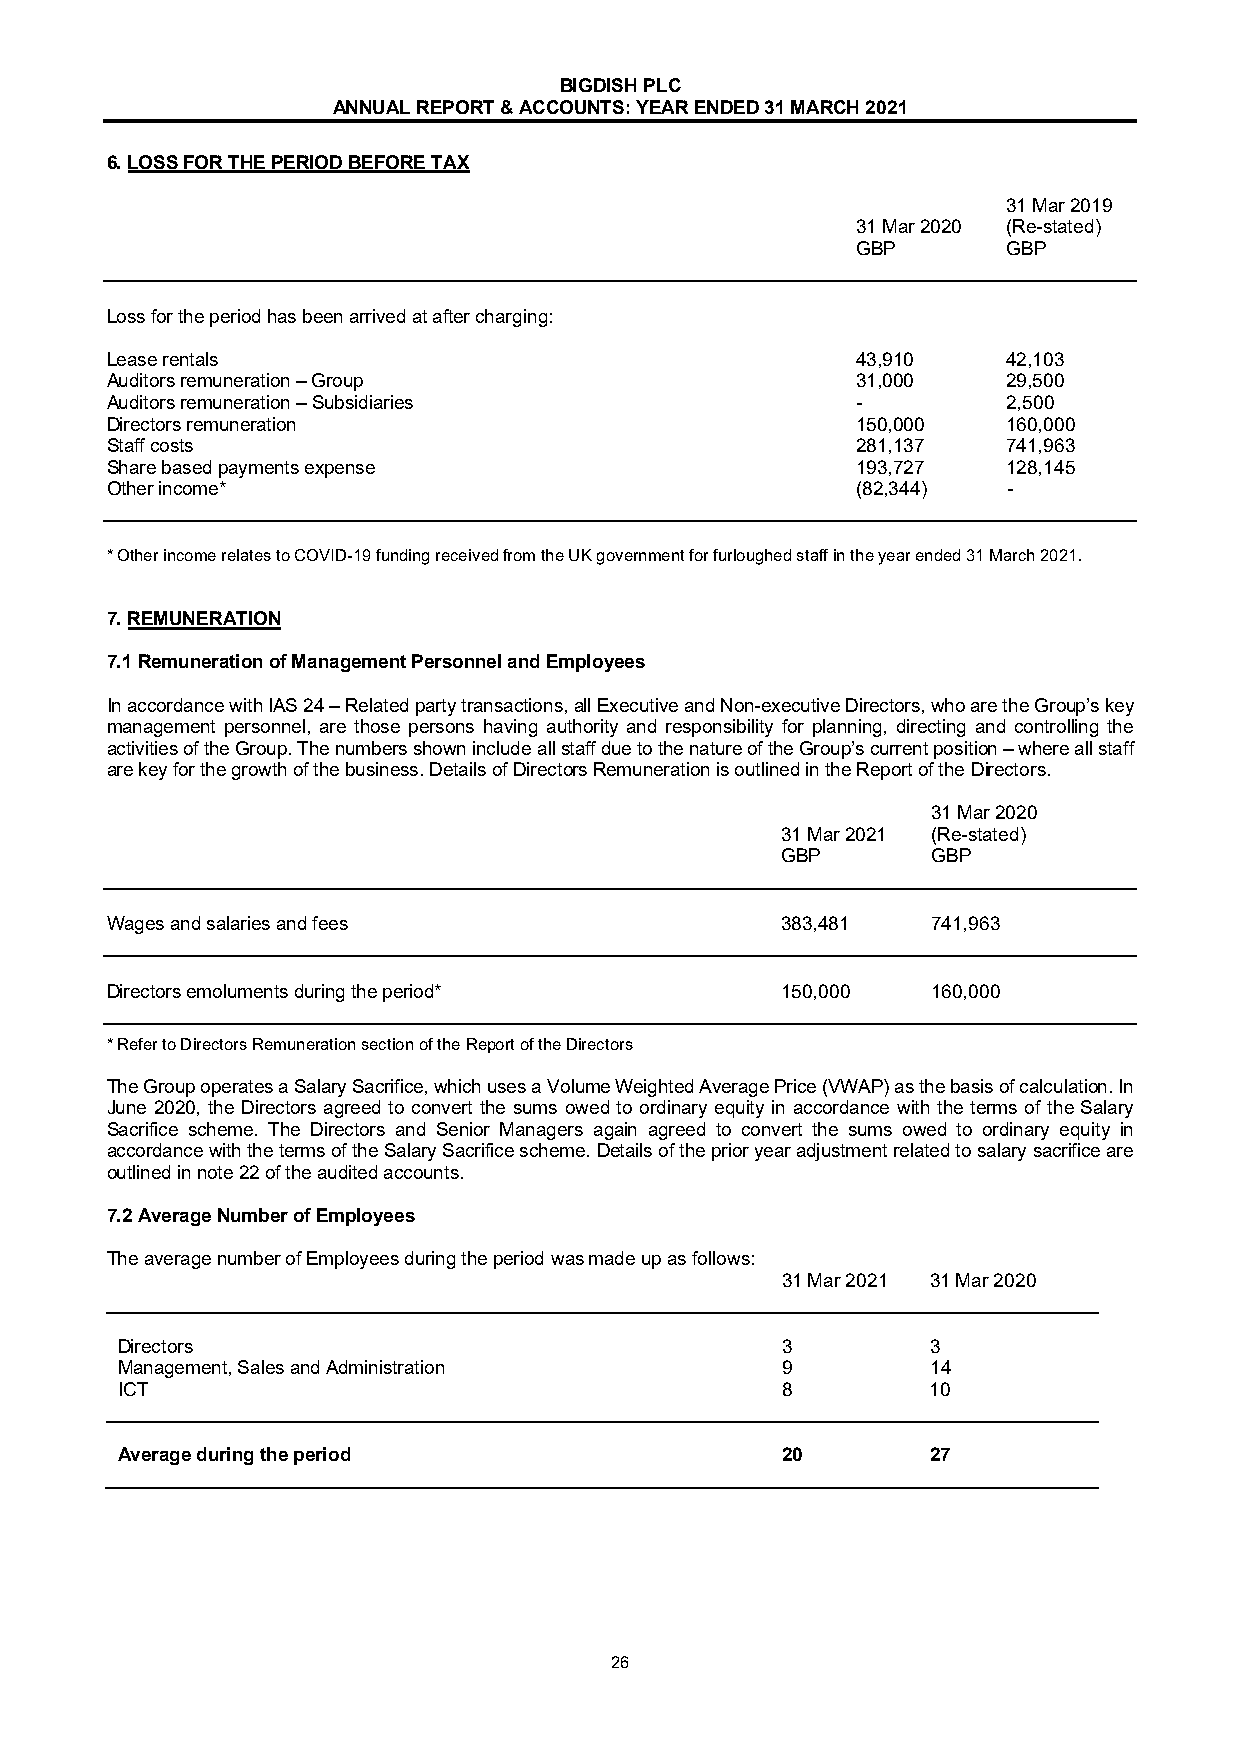
BIGDISH PLC
 ANNUAL REPORT & ACCOUNTS: YEAR ENDED 31 MARCH 2021
 6. LOSS FOR THE PERIOD BEFORE TAX
 31 Mar 2019
 31 Mar 2020 (Re-stated)
 GBP       GBP
 Loss for the period has been arrived at after charging:
 Lease rentals                                     43,910    42,103
 Auditors remuneration – Group                     31,000    29,500
 Auditors remuneration – Subsidiaries              -         2,500
 Directors remuneration                            150,000   160,000
 Staff costs                                       281,137   741,963
 Share based payments expense                      193,727   128,145
 Other income*                                     (82,344)  -
 * Other income relates to COVID-19 funding received from the UK government for furloughed staff in the year ended 31 March 2021.
 7. REMUNERATION
 7.1 Remuneration of Management Personnel and Employees
 In accordance with IAS 24 – Related party transactions, all Executive and Non-executive Directors, who are the Group’s key
 management personnel, are those persons having authority and responsibility for planning, directing and controlling the
 activities of the Group. The numbers shown include all staff due to the nature of the Group’s current position – where all staff
 are key for the growth of the business. Details of Directors Remuneration is outlined in the Report of the Directors.
 31 Mar 2020
 31 Mar 2021 (Re-stated)
 GBP       GBP
 Wages and salaries and fees                  383,481   741,963
 Directors emoluments during the period*      150,000   160,000
 * Refer to Directors Remuneration section of the Report of the Directors
 The Group operates a Salary Sacrifice, which uses a Volume Weighted Average Price (VWAP) as the basis of calculation. In
 June 2020, the Directors agreed to convert the sums owed to ordinary equity in accordance with the terms of the Salary
 Sacrifice scheme. The Directors and Senior Managers again agreed to convert the sums owed to ordinary equity in
 accordance with the terms of the Salary Sacrifice scheme. Details of the prior year adjustment related to salary sacrifice are
 outlined in note 22 of the audited accounts.
 7.2 Average Number of Employees
 The average number of Employees during the period was made up as follows:
 31 Mar 2021 31 Mar 2020
 Directors                                   3         3
 Management, Sales and Administration        9         14
 ICT                                         8         10
 Average during the period                   20        27
 26